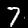
Digit: 7